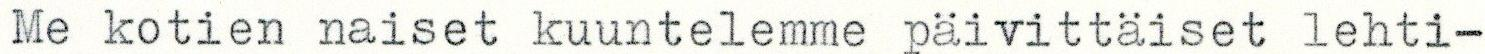
Me kotien naiset kuuntelemme päivittäiset lehti-